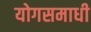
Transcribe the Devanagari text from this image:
योगसमाधी